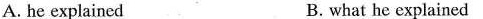
A.he explained B.what he explained